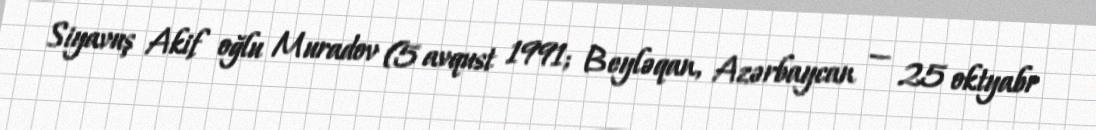
Siyavuş Akif oğlu Muradov (5 avqust 1991; Beyləqan, Azərbaycan — 25 oktyabr